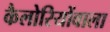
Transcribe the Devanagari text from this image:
कैलोरियोंवाला